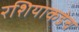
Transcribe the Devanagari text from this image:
रशियाकडेच